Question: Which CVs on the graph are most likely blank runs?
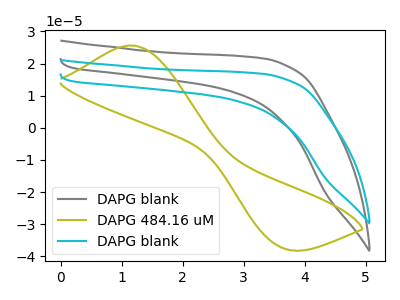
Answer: <think>The gray curve "DAPG blank" has no peaks. The olive curve "DAPG 484.16 uM" has an anodic peak at (1.15V, 25.60uA) and a cathodic peak at (3.65V, -37.45uA). The cyan curve "DAPG blank" has no peaks.</think>
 <answer>"DAPG blank" and "DAPG blank" are likely to be blanks.</answer>
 <eval>"DAPG blank", "DAPG blank"</eval>